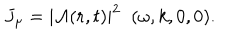
J _ { \mu } = | { \cal A } ( r , t ) | ^ { 2 } \; \; ( \omega , k , 0 , 0 ) .